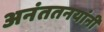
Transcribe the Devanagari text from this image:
अनंततनयांनी